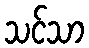
သင်သာ